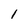
Character: 1